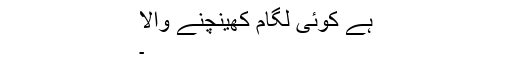
ہے کوئی لگام کھینچنے والا
۔